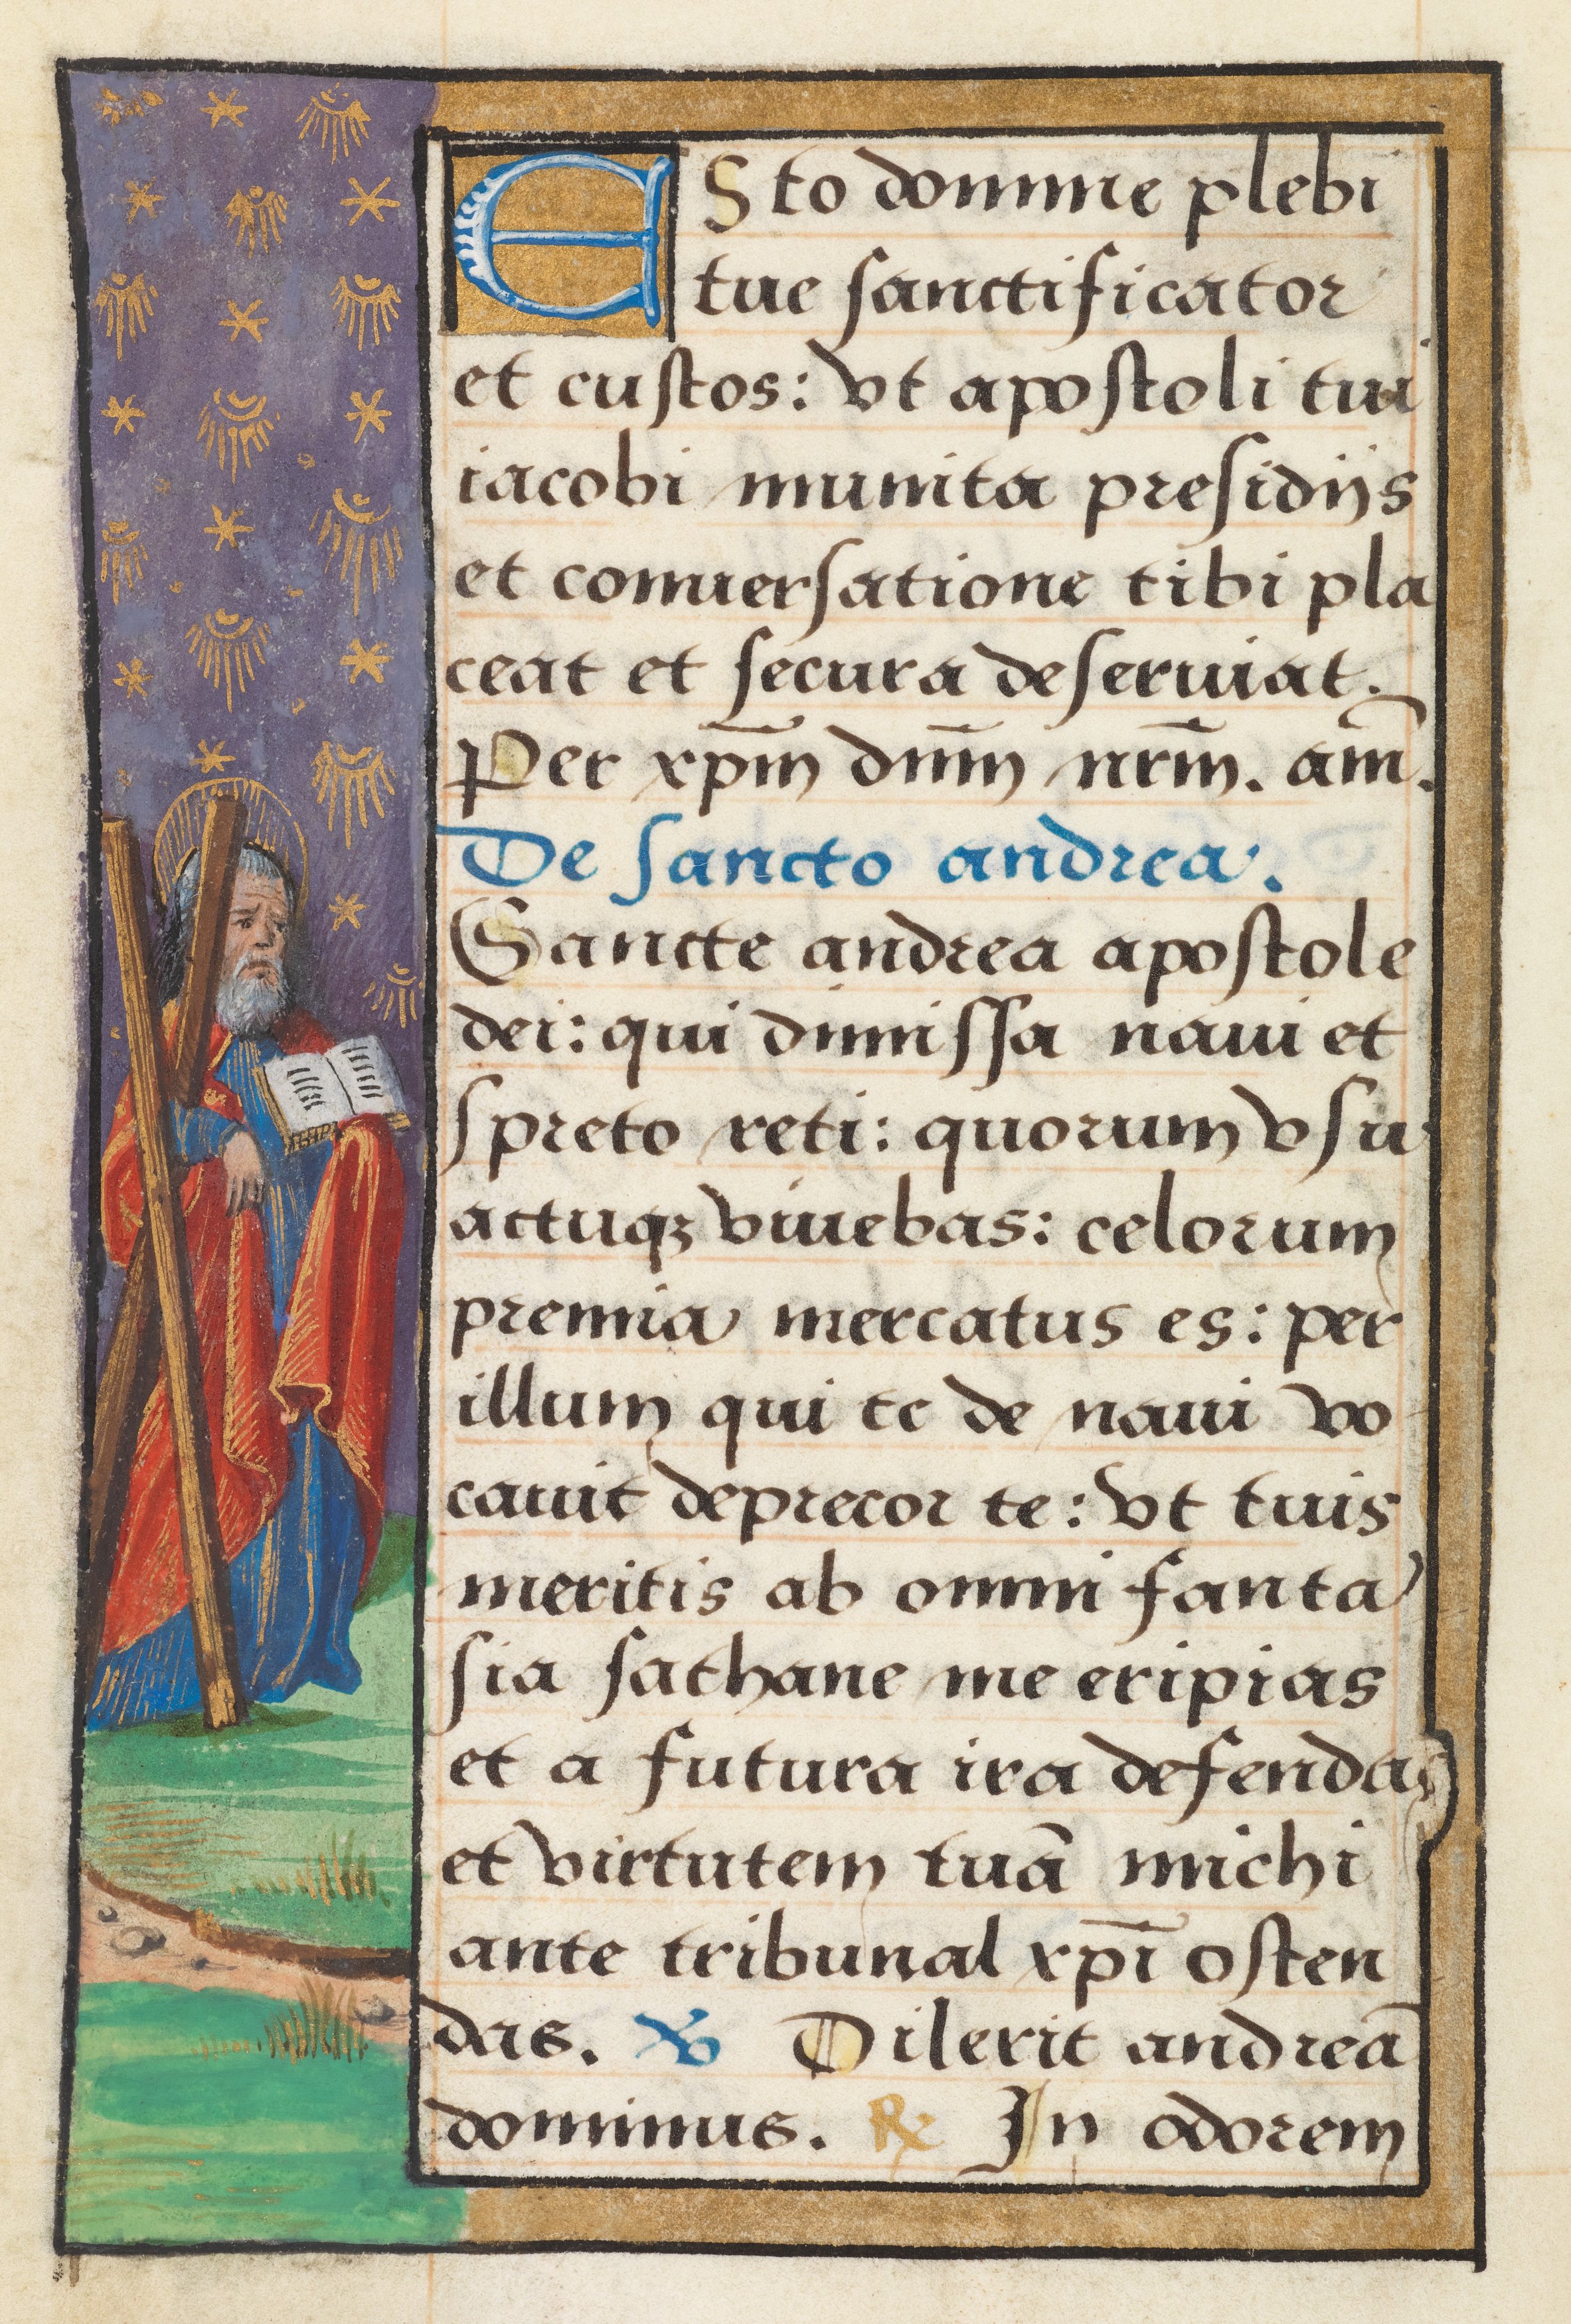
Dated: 1524–1524